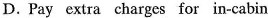
D. Pay extra charges for in-cabin